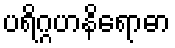
ပရိဂ္ဂဟနိရောဓာ